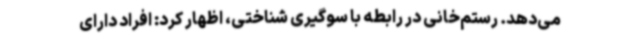
می‌دهد. رستم‌خانی در رابطه با سوگیری شناختی، اظهار کرد: افراد دارای